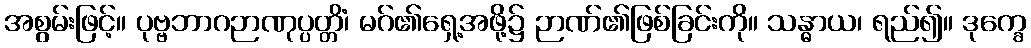
အစွမ်းဖြင့်။ ပုဗ္ဗဘာဂဉာဏုပ္ပတ္တိံ၊ မဂ်၏ရှေ့အဖို့၌ ဉာဏ်၏ဖြစ်ခြင်းကို။ သန္ဓာယ၊ ရည်၍။ ဒုက္ခေ